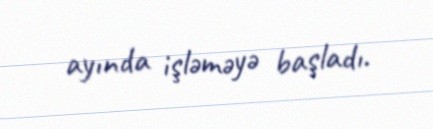
ayında işləməyə başladı.